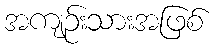
အကျဉ်းသားအဖြစ်